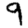
Digit: 9